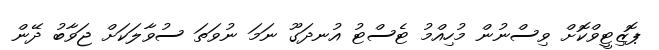
ޕޮޒިޓީވްކޮށް ވިސްނުން މުހިއްމު ޓެސްޓު އުނދަގޫ ނަމަ ނުވަތަ ސުވާލަކަށް ޖަވާބު ދޭން